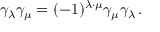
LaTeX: \gamma _ { \lambda } \gamma _ { \mu } = ( - 1 ) ^ { \lambda \cdot \mu } \gamma _ { \mu } \gamma _ { \lambda } \, .